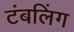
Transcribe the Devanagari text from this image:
टंबलिंग